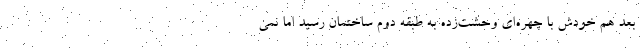
بعد هم خودش با چهره‌ای وحشت‌زده به طبقه دوم ساختمان رسید اما نمی‌